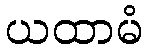
ယထာမံ